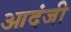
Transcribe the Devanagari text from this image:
आदंजी